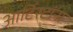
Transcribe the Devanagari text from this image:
आर्टिस्टांना